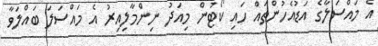
އެ މައްސަލާގެ އަޑުއެހުންތައް ހައި ކޯޓުން މިއަދު ނިންމާލިއިރު އެ މައްސަލަ ބައްލަވާ